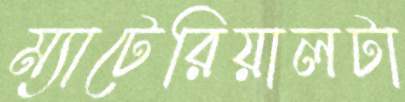
ম্যাটেরিয়ালটা